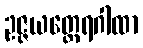
ဥဇ္ဇယတ္ထေရဂါထာ